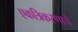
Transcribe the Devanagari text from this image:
एकत्रिकरणाचे